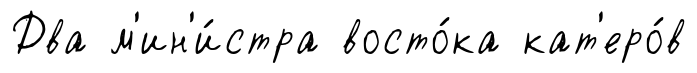
Два м'ин'и́стра восто́ка кат'еро́в